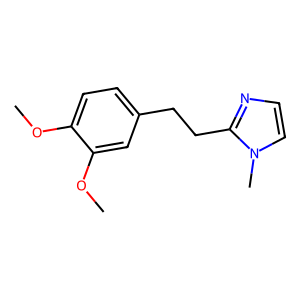
SMILES: COc1ccc(CCc2nccn2C)cc1OC
Inhibits HIV replication: No